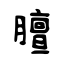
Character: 膻